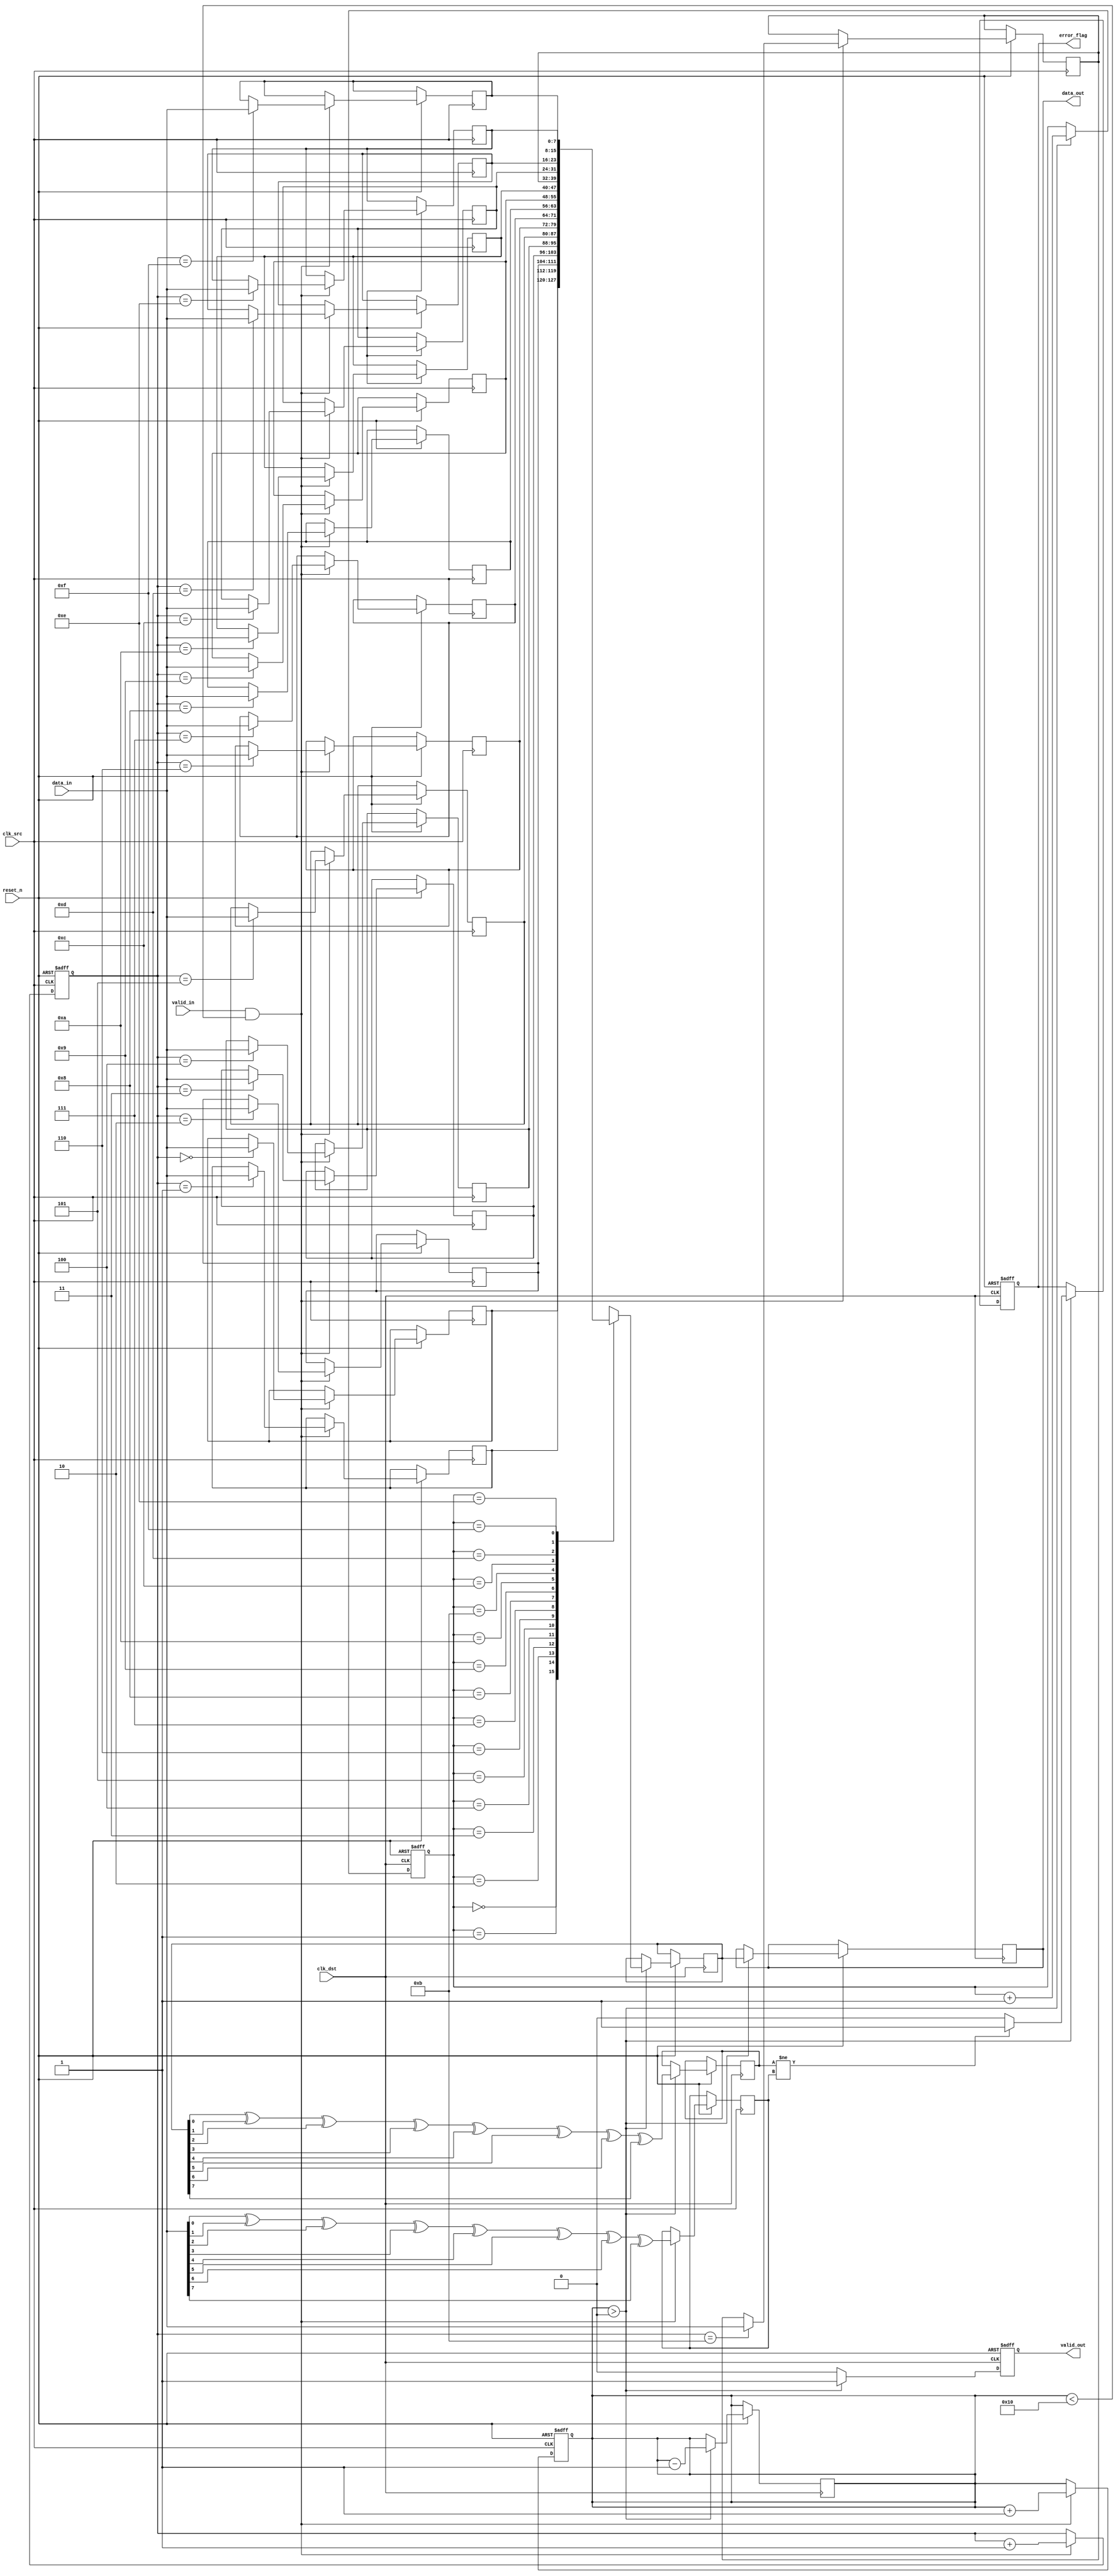
module cdc_memory_blocks (
    input wire clk_src,           // Source clock
    input wire clk_dst,           // Destination clock
    input wire reset_n,           // Active low reset
    input wire [7:0] data_in,     // Data input from source clock domain
    input wire valid_in,          // Valid signal from source clock domain
    output reg [7:0] data_out,    // Data output to destination clock domain
    output reg valid_out,         // Valid signal to destination clock domain
    output reg error_flag         // Error flag for parity error
);

    // Parameters
    parameter FIFO_DEPTH = 16;    // Depth of FIFO
    parameter ADDR_WIDTH = 4;      // Address width for FIFO

    // FIFO memory and pointers
    reg [7:0] fifo_mem[FIFO_DEPTH-1:0];
    reg [ADDR_WIDTH-1:0] write_ptr = 0;
    reg [ADDR_WIDTH-1:0] read_ptr = 0;
    reg [ADDR_WIDTH-1:0] fifo_count = 0;

    // Parity calculation
    function [0:0] compute_parity;
        input [7:0] data;
        integer i;
        begin
            compute_parity = 0;
            for (i = 0; i < 8; i = i + 1) begin
                compute_parity = compute_parity ^ data[i];
            end
        end
    endfunction

    reg parity_bit;
    reg [7:0] received_data;
    reg received_parity;

    // FIFO write logic (controlled by clk_src)
    always @(posedge clk_src or negedge reset_n) begin
        if (!reset_n) begin
            write_ptr <= 0;
            fifo_count <= 0;
        end else if (valid_in && fifo_count < FIFO_DEPTH) begin
            fifo_mem[write_ptr] <= data_in;
            parity_bit <= compute_parity(data_in);
            write_ptr <= write_ptr + 1;
            fifo_count <= fifo_count + 1;
        end
    end

    // FIFO read logic (controlled by clk_dst)
    always @(posedge clk_dst or negedge reset_n) begin
        if (!reset_n) begin
            read_ptr <= 0;
            valid_out <= 0;
            error_flag <= 0;
        end else if (fifo_count > 0) begin
            received_data <= fifo_mem[read_ptr];
            received_parity <= compute_parity(received_data);
            valid_out <= 1;
            data_out <= received_data;

            // Error detection
            if (received_parity != parity_bit) begin
                error_flag <= 1; // Set error flag if parity mismatch
            end else begin
                error_flag <= 0; // Clear error flag if no error
            end

            read_ptr <= read_ptr + 1;
            fifo_count <= fifo_count - 1;
        end else begin
            valid_out <= 0; // No valid data if FIFO is empty
        end
    end

    // Synchronization logic
    reg [1:0] sync_ff1, sync_ff2;

    always @(posedge clk_dst or negedge reset_n) begin
        if (!reset_n) begin
            sync_ff1 <= 2'b00;
            sync_ff2 <= 2'b00;
        end else begin
            sync_ff1 <= {sync_ff1[0], valid_in}; // First stage of synchronization
            sync_ff2 <= sync_ff1;                // Second stage of synchronization
        end
    end

endmodule